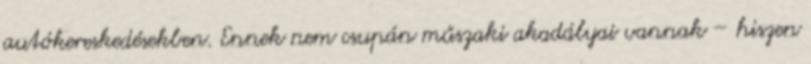
autókereskedésekben. Ennek nem csupán műszaki akadályai vannak – hiszen